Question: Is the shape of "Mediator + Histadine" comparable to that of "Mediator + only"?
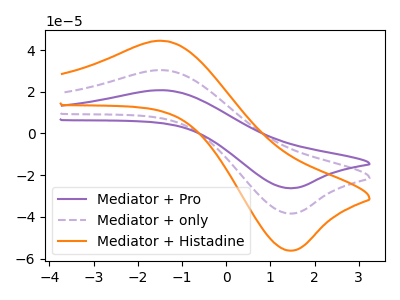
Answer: <think>The purple curve "Mediator + Pro" has an anodic peak at (-1.40V, 60.60uA) and a cathodic peak at (1.50V, -76.70uA). The purple dashed curve "Mediator + only" has an anodic peak at (-1.40V, 30.30uA) and a cathodic peak at (1.50V, -38.35uA). The orange curve "Mediator + Histadine" has an anodic peak at (-1.40V, 44.35uA) and a cathodic peak at (1.50V, -56.10uA).
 All the peaks in "Mediator + Histadine" have a peak in "Mediator + only" at the same potential. Every peak in "Mediator + Histadine" is higher than every peak in "Mediator + only".</think>
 <answer>"Mediator + Histadine" and "Mediator + only" are similar in shape.</answer>
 <eval>same_shape</eval>